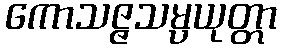
ကောသဇ္ဇသမ္ပယုတ္တာ